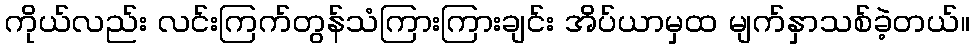
ကိုယ်လည်း လင်းကြက်တွန်သံကြားကြားချင်း အိပ်ယာမှထ မျက်နှာသစ်ခဲ့တယ်။